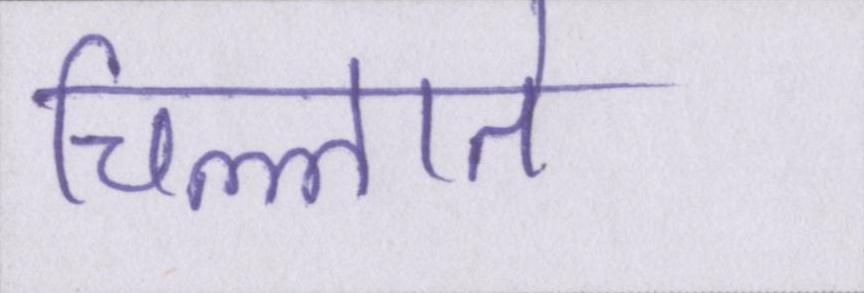
चिल्लाते